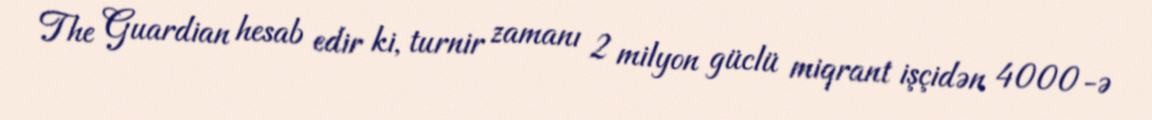
The Guardian hesab edir ki, turnir zamanı 2 milyon güclü miqrant işçidən 4000-ə